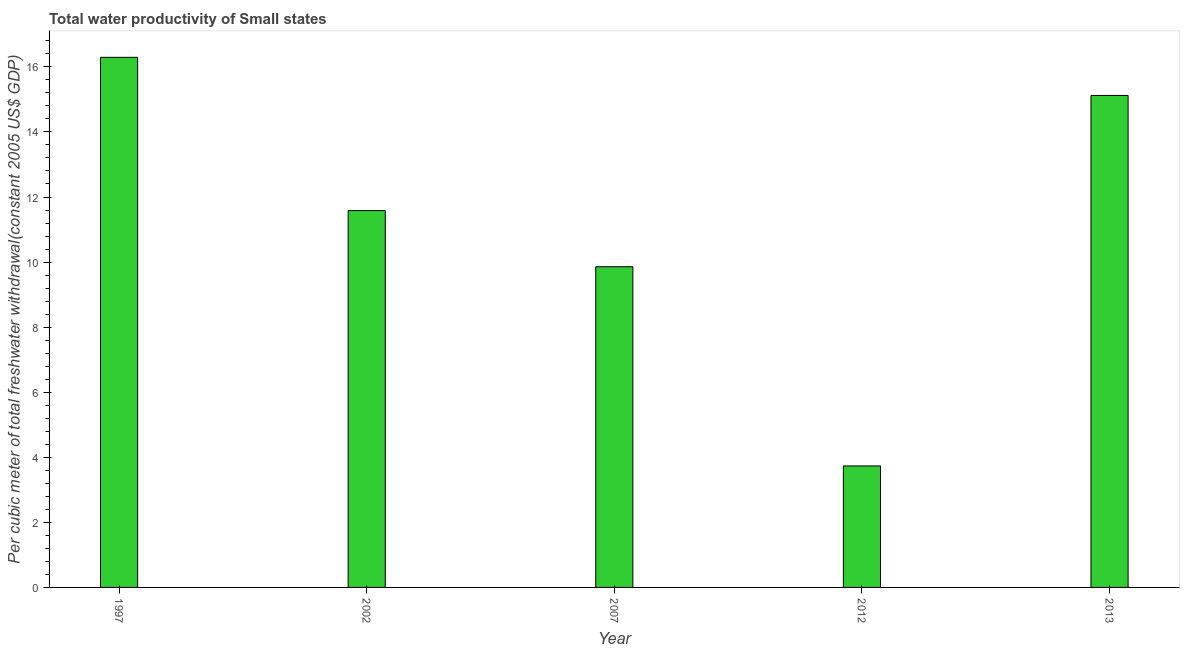
| Year | Water productivity |
 | --- | --- |
 | 1997 | 16.3 |
 | 2002 | 11.6 |
 | 2007 | 9.86 |
 | 2012 | 3.73 |
 | 2013 | 15.1 |